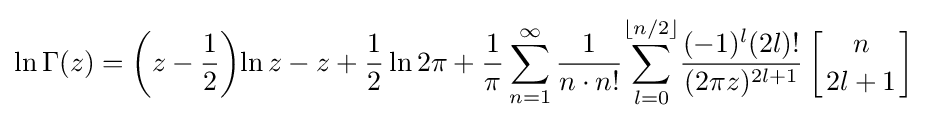
\ln \Gamma (z)=\left(z-{\frac {1}{2}}\right)\!\ln z-z+{\frac {1}{2}}\ln 2\pi +{\frac {1}{\pi }}\sum _{n=1}^{\infty }{\frac {1}{n\cdot n!}}\!\sum _{l=0}^{\lfloor n/2\rfloor }\!{\frac {(-1)^{l}(2l)!}{(2\pi z)^{2l+1}}}\left[{n \atop 2l+1}\right]